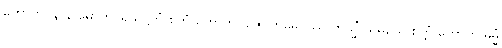
ဟောတိ။ န န မောဟပရိယုဋ္ဌိတံ စိတ္တံ ဟောတိ။ ဥဇုဂတမေဝဿ တသ္မိံ သမယေ စိတ္တံ ဟောတိ ဓမ္မံ